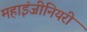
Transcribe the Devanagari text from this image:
महाइंजीनियरी